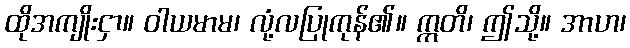
ထိုအကျိုးငှာ။ ဝါယမာမ၊ လုံ့လပြုကုန်၏။ ဣတိ၊ ဤသို့။ အာဟ၊